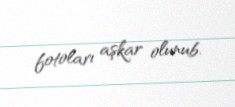
fotoları aşkar olunub.